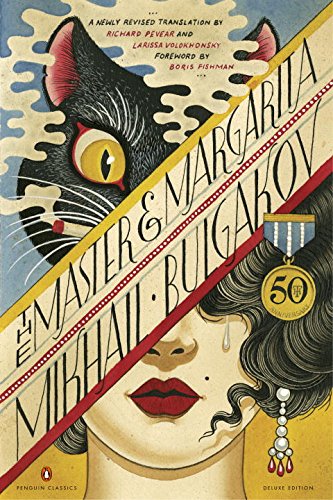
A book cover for The Master and Margarita: 50th-Anniversary Edition (Penguin Classics Deluxe Edition); Mikhail Bulgakov; Literature & Fiction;